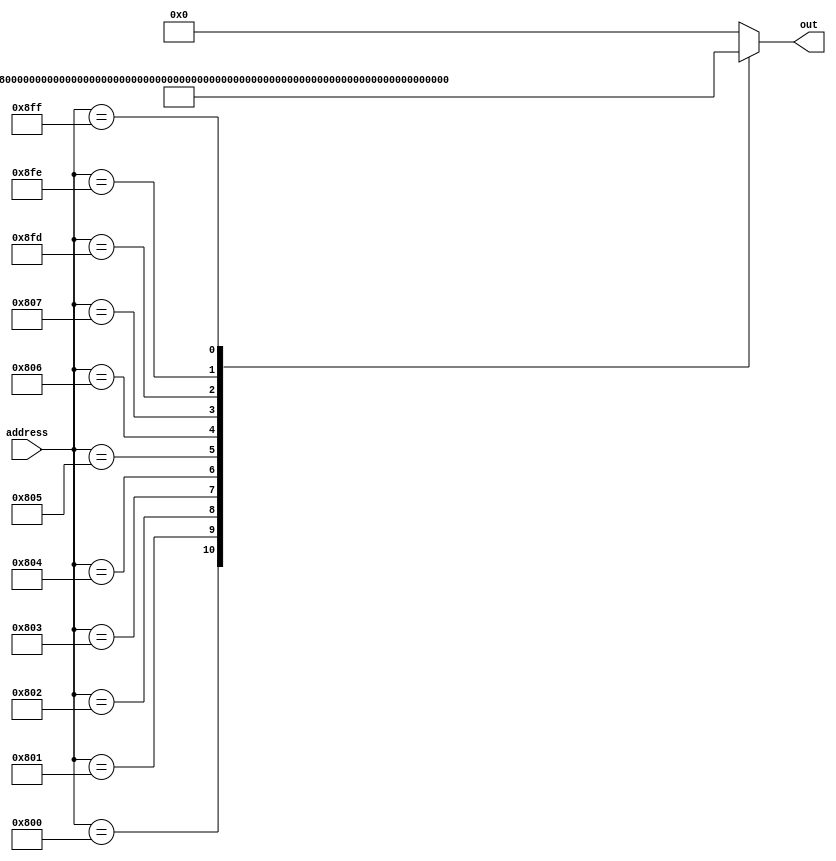
module rom_case(out, address);
output reg[31:0] out;
input [11:0] address;


always @*
	begin
			case (address)
				12'h800: out <= 32'b1001000100_000000000000_11111_00000;
				12'h801: out <= 32'b1001000100_000000000001_11111_00001;
				12'h802: out <= 32'b10001011000_00000_000000_00001_00010;
				12'h803: out <= 32'b10001011000_11111_000000_00001_00000;
				12'h804: out <= 32'b10001011000_11111_000000_00010_00001;
				12'h805: out <= 32'b1111000100_111111111111_00000_11111;
				12'h806: out <= 32'b01010100_0000000100000000000_0_1100;
				12'h807: out <= 32'b000101_00000000000000100000000010;
				//...
				12'h8FD: out <= 32'b00000000111111110000000011111111;
				12'h8FE: out <= 32'b11111111000000001111111100000000;
				12'h8FF: out <= 32'b11111111111111111111111111111111;
				default: out <= 32'b00000000000000000000000000000000;
				//this should be updated eventually to use .mem files from assembler?
			endcase
	end
endmodule